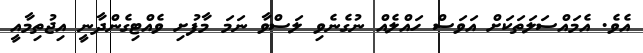
އެވެ. އެމައްސަލަތަކަށް އަވަސް ހައްލެއް ނުގެނެވި ލަސްވާ ނަމަ މާފުށި ވެއްޓިގެންދާނީ އިޖުތިމާއީ